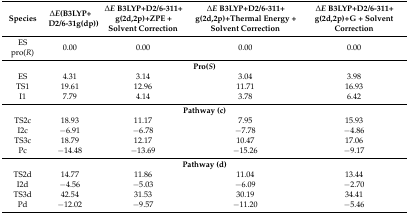
<table><thead><tr><td><b>Species</b></td><td><b>∆<i>E</i>(B3LYP+D2/6-31g(dp))</b></td><td><b>∆<i>E</i> B3LYP+D2/6-311+g(2d,2p)+ZPE + Solvent Correction</b></td><td><b>∆<i>E</i> B3LYP+D2/6-311+g(2d,2p)+Thermal Energy + Solvent Correction</b></td><td><b>∆<i>E</i> B3LYP+D2/6-311+g(2d,2p)+G + Solvent Correction</b></td></tr></thead><tbody><tr><td>ES pro(<i>R</i>)</td><td>0.00</td><td>0.00</td><td>0.00</td><td>0.00</td></tr><tr><td colspan="5"><b>Pro(<i>S</i>)</b></td></tr><tr><td>ES</td><td>4.31</td><td>3.14</td><td>3.04</td><td>3.98</td></tr><tr><td>TS1</td><td>19.61</td><td>12.96</td><td>11.71</td><td>16.93</td></tr><tr><td>I1</td><td>7.79</td><td>4.14</td><td>3.78</td><td>6.42</td></tr><tr><td colspan="5"><b>Pathway (c)</b></td></tr><tr><td>TS2c</td><td>18.93</td><td>11.17</td><td>7.95</td><td>15.93</td></tr><tr><td>I2c</td><td>−6.91</td><td>−6.78</td><td>−7.78</td><td>−4.86</td></tr><tr><td>TS3c</td><td>18.79</td><td>12.17</td><td>10.47</td><td>17.06</td></tr><tr><td>Pc</td><td>−14.48</td><td>−13.69</td><td>−15.26</td><td>−9.17</td></tr><tr><td colspan="5"><b>Pathway (d)</b></td></tr><tr><td>TS2d</td><td>14.77</td><td>11.86</td><td>11.04</td><td>13.44</td></tr><tr><td>I2d</td><td>−4.56</td><td>−5.03</td><td>−6.09</td><td>−2.70</td></tr><tr><td>TS3d</td><td>42.54</td><td>31.53</td><td>30.19</td><td>34.41</td></tr><tr><td>Pd</td><td>−12.02</td><td>−9.57</td><td>−11.20</td><td>−5.46</td></tr></tbody></table>